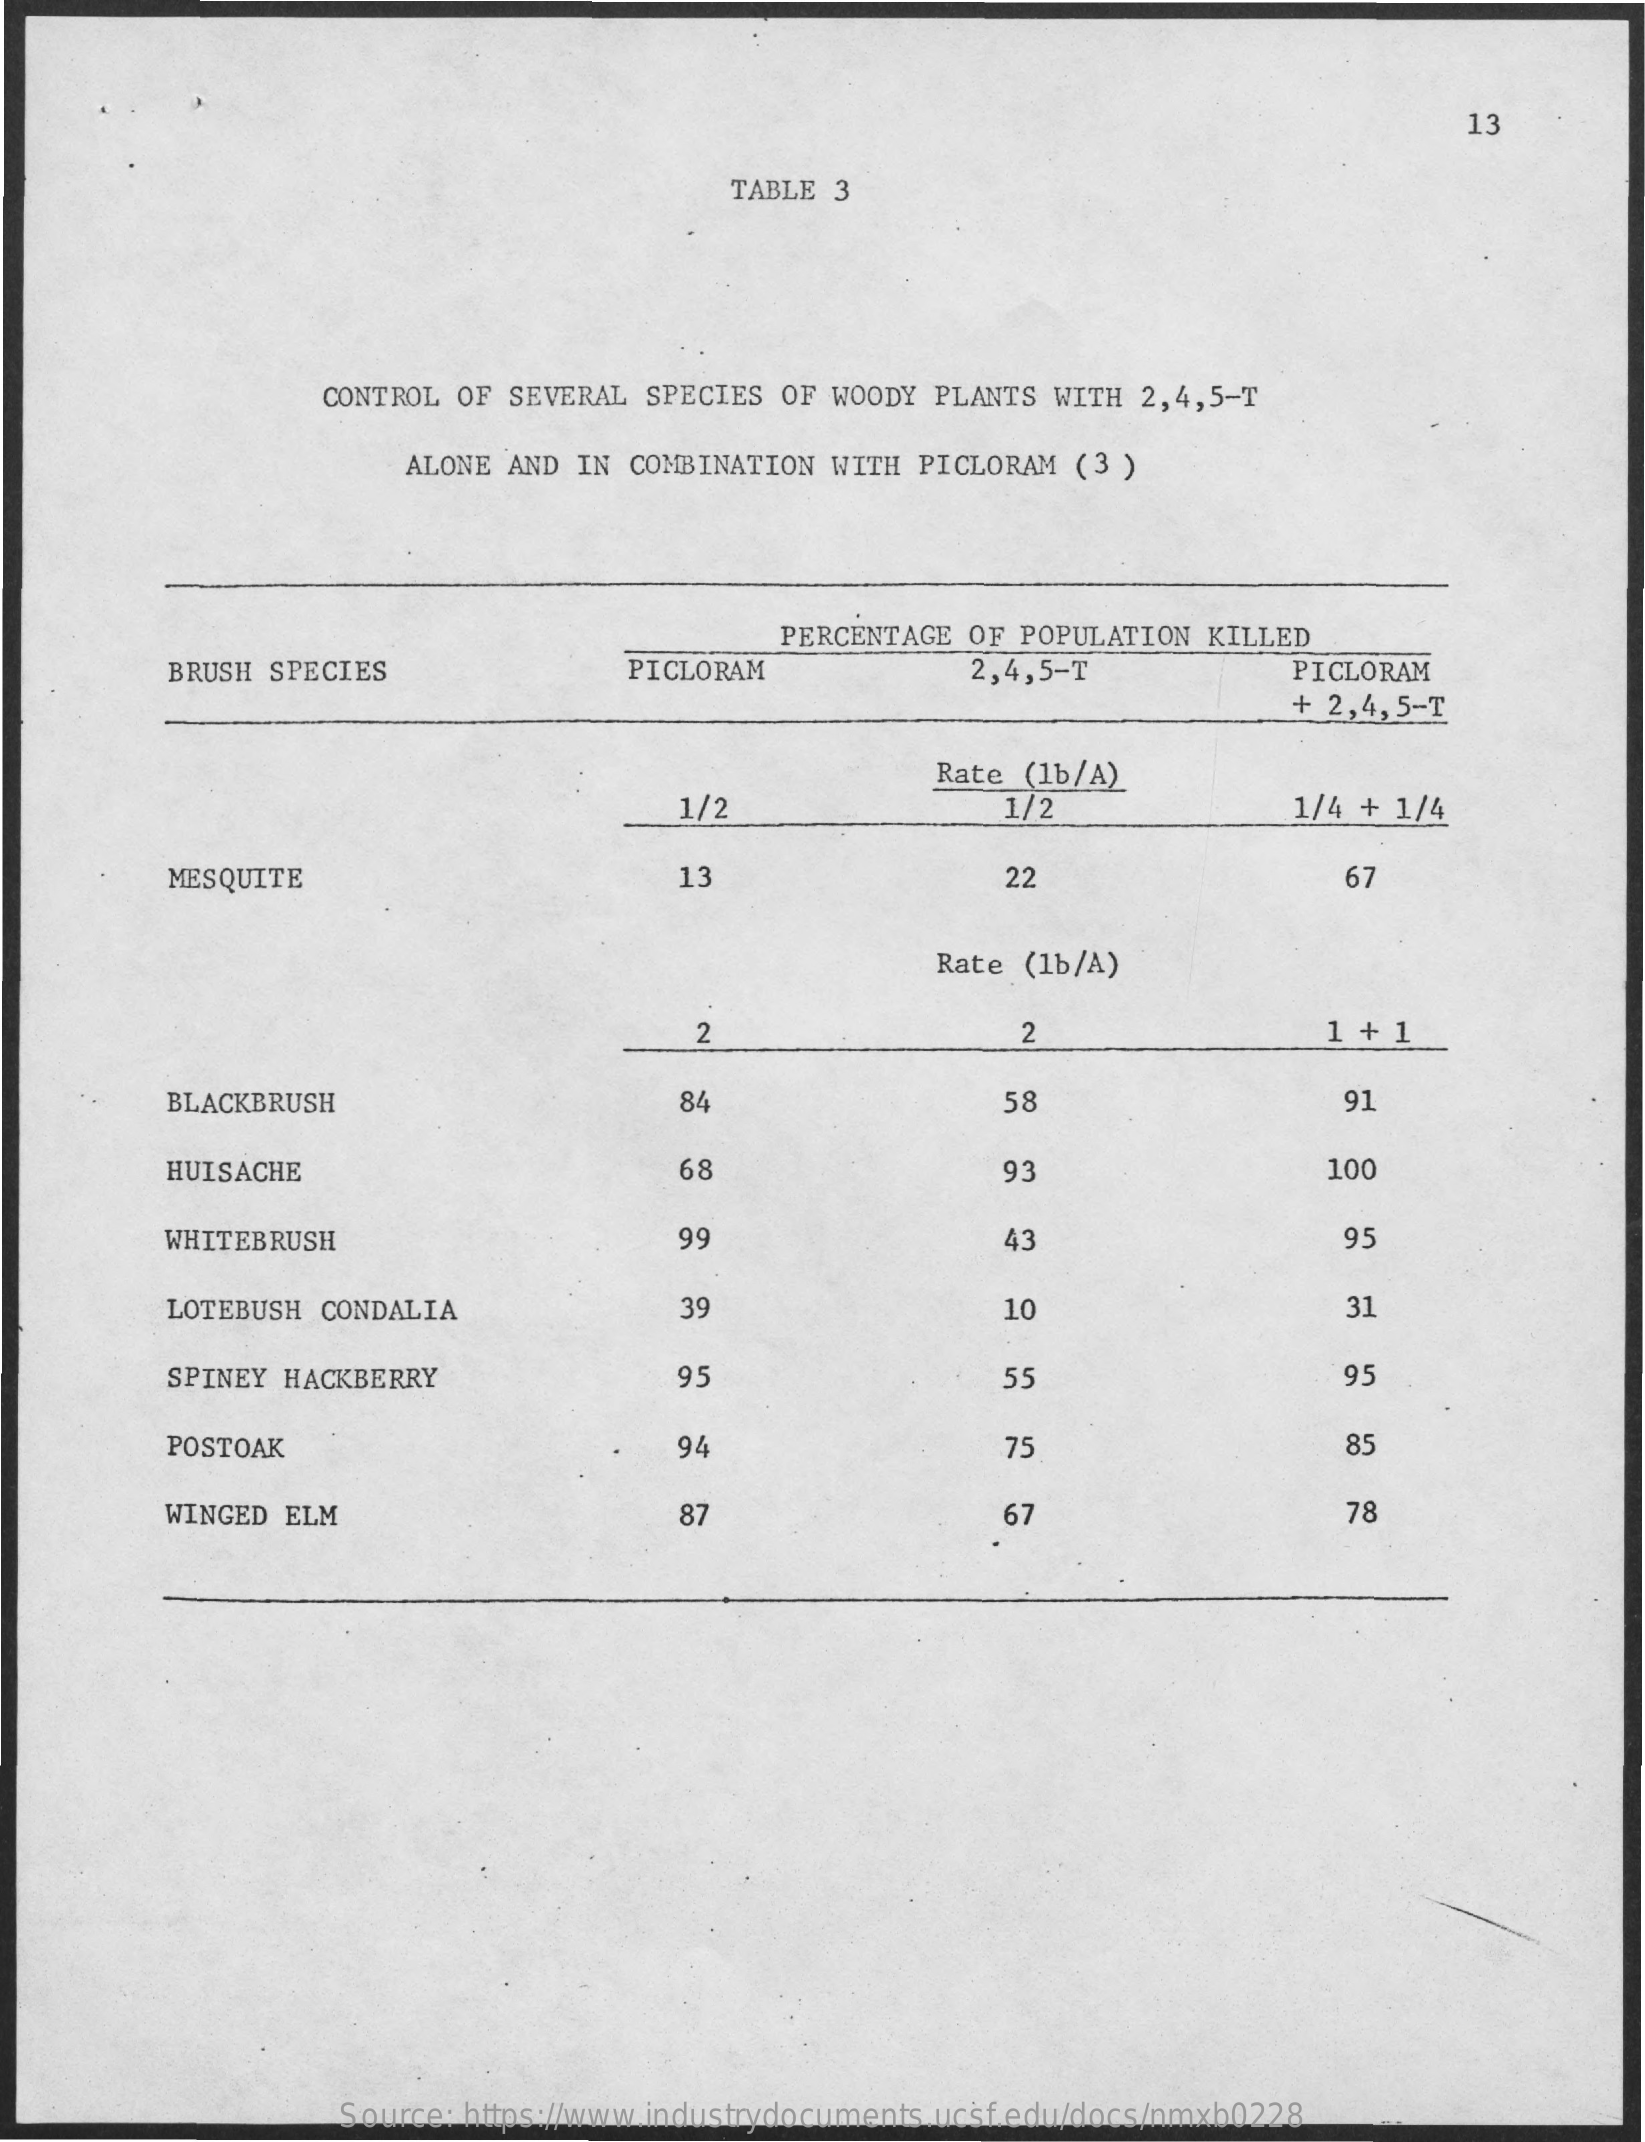
13
     TABLE 3
     CONTROL OF SEVERAL  SPECIES OF WOODY PLANTS  WITH 2,4,5-T
     ALONE AND IN  COMBINATION WITH PICLORAM  (3 )
     PERCENTAGE OF  POPULATION KILLED
     BRUSH SPECIES    PICLORAM    2,4,5-T    PICLORAM
     + 2,4,5-T
     Rate (1b/A)
     1/2    1/2    1/4 + 1/4
     MESQUITE    13    22    67
     Rate (1b/A)
     2    2    1 + 1
     BLACKBRUSH    84    58    91
     HUISACHE    68    93    100
     WHITEBRUSH    99    43    95
     LOTEBUSH  CONDALIA    39    10    31
     SPINEY HACKBERRY    95    55    95
     POSTOAK    94    75    85
     WINGED ELM    87    67    78
     Source: https://www.industrydocuments.ucsf.edu/docs/nmxb0228